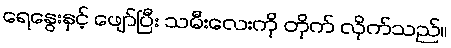
ရေနွေးနှင့် ဖျော်ပြီး သမီးလေးကို တိုက် လိုက်သည်။